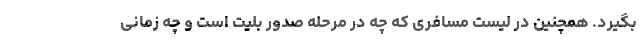
بگیرد. همچنین در لیست مسافری که چه در مرحله صدور بلیت است و چه زمانی